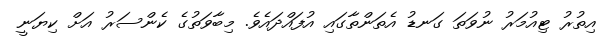
އިތުރު ޓިއުމަރު ނުވަތަ ގަނޑު އެތަންތާގައި އުފައްދައެވެ. މިބާވަތުގެ ކެންސަރު އަށް ކިޔަނީ